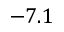
- 7 . 1